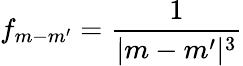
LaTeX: f_{m-m^{\prime}}=\frac{1}{|m-m^{\prime}|^{3}}